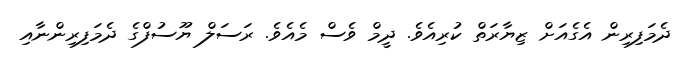
ދެމަފިރިން އެގެއަށް ޒިޔާރަތް ކުރިއެވެ. ދީމް ވެސް މެއެވެ. ރަސަލް ޔޫސުފްގެ ދެމަފިރިންނާއި